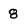
Character: 8